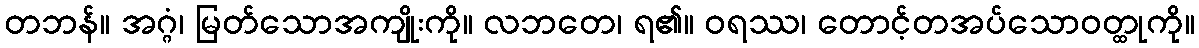
တဘန်။ အဂ္ဂံ၊ မြတ်သောအကျိုးကို။ လဘတေ၊ ရ၏။ ဝရဿ၊ တောင့်တအပ်သောဝတ္ထုကို။